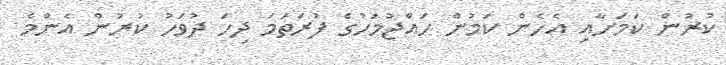
ކުރުން ކަމަށާއި އެހެން ކަމުން ހައްޖުމަހުގެ ފުރަތަމަ ދިހަ ދުވަހު ކުރުން އެންމެ